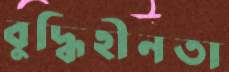
বুদ্ধিহীনতা